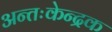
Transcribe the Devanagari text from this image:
अन्तःकेन्द्रक